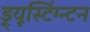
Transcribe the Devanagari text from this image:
ड्र्यूस्टिंग्न्टन